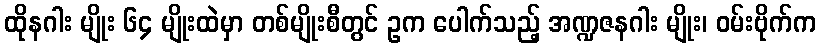
ထိုနဂါး မျိုး ၆၄ မျိုးထဲမှာ တစ်မျိုးစီတွင် ဥက ပေါက်သည့် အဏ္ဍဇနဂါး မျိုး၊ ဝမ်းဗိုက်က